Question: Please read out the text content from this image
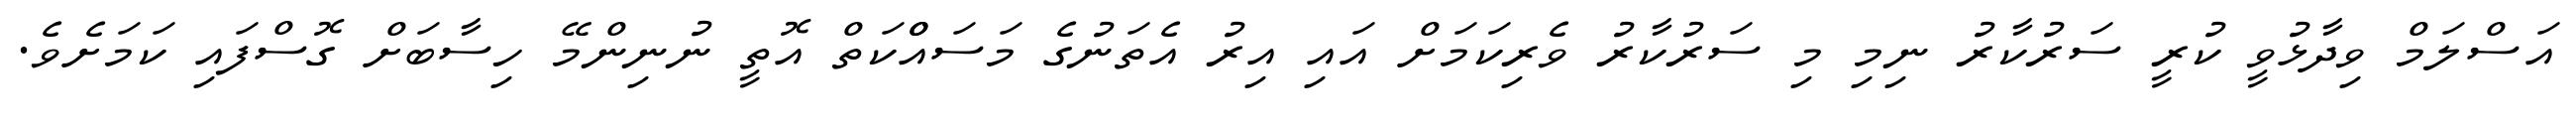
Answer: އަސްލަމް ވިދާޅުވީ ކުރީ ސަރުކާރު ނިމި މި ސަރުކާރު ވެރިކަމަށް އައި އިރު އެތަނުގެ މަސައްްކަތް އޮތީ ނުނިންމޭ ހިސާބަށް ގޮސްފައި ކަމަށެވެ.